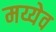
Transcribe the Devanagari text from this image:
मय्येव